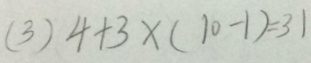
( 3 ) 4 + 3 \times ( 1 0 - 1 ) = 3 1